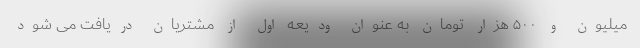
میلیون و ۵۰۰ هزار تومان به عنوان ودیعه اول از مشتریان دریافت می شود